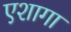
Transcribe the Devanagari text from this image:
एशागा